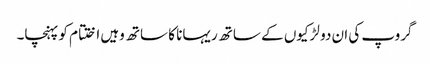
گروپ کی ان دو لڑکیوں کے ساتھ ریہانا کا ساتھ وہیں اختتام کو پہنچا۔